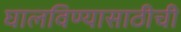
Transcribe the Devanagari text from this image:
घालविण्यासाठीची